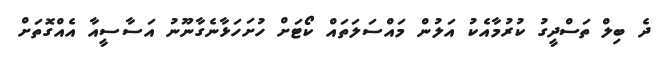
ދެ ބިލް ތަސްދީގު ކުރުމާއެކު އަލުން މައްސަލަތައް ކޯޓަށް ހުށަހަޅާނެގާނޫނު އަސާސީއާ އެއްގޮތަށް